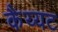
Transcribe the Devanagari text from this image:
कैय्यट